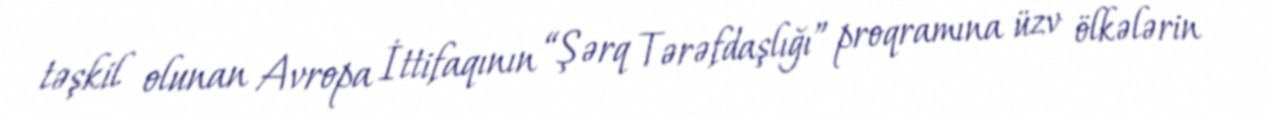
təşkil olunan Avropa İttifaqının “Şərq Tərəfdaşlığı” proqramına üzv ölkələrin